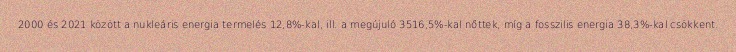
2000 és 2021 között a nukleáris energia termelés 12,8%-kal, ill. a megújuló 3516,5%-kal nőttek, míg a fosszilis energia 38,3%-kal csökkent.